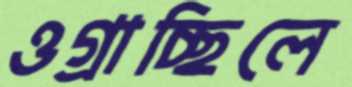
ওগ্‌রাচ্ছিলে